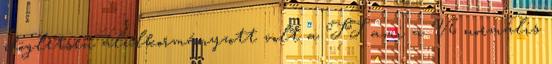
dögletsen alulkormányzott volt a TT ami a V6 normális